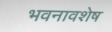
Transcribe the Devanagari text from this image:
भवनावशेष